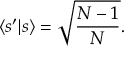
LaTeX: \langle s ^ { \prime } | s \rangle = { \sqrt { \frac { N - 1 } { N } } } .